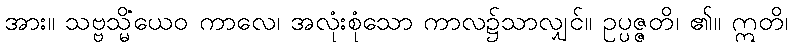
အား။ သဗ္ဗသ္မိံယေဝ ကာလေ၊ အလုံးစုံသော ကာလ၌သာလျှင်။ ဥပ္ပဇ္ဇတိ၊ ၏။ ဣတိ၊